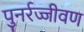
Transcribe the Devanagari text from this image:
पुनर्रज्जीवण